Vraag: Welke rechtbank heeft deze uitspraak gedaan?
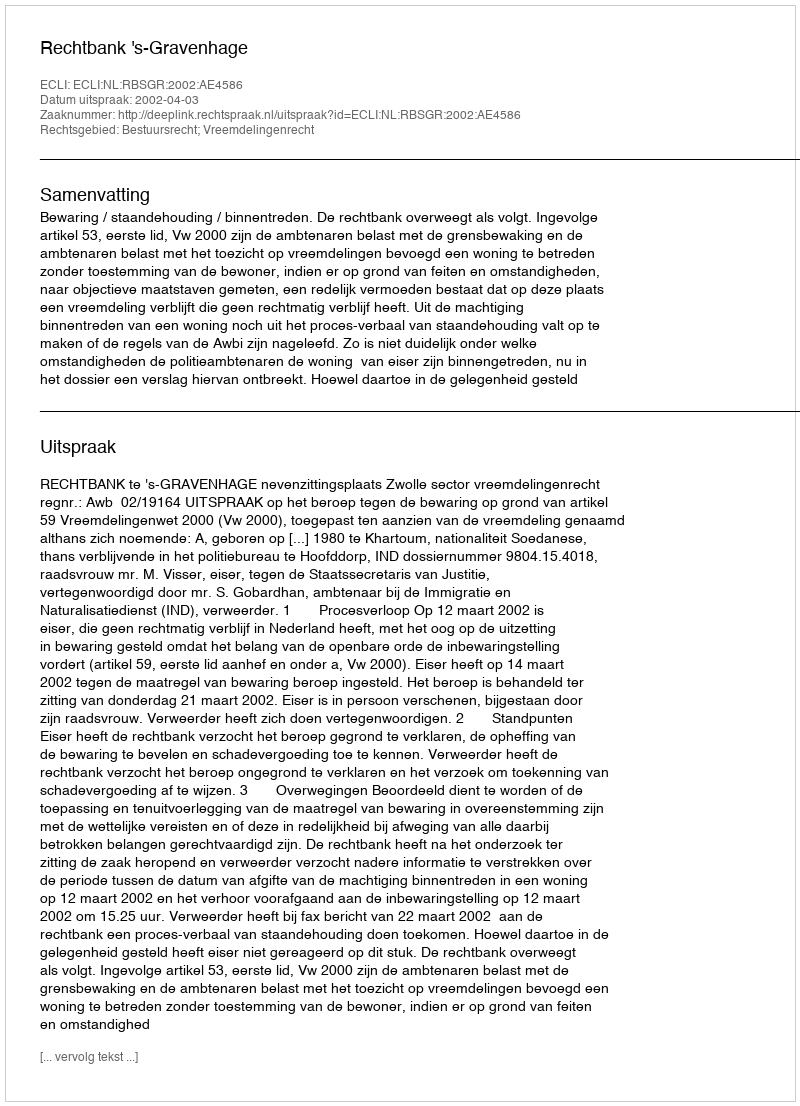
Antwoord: Rechtbank 's-Gravenhage